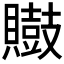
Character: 𪔡